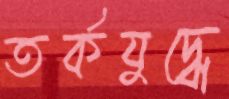
তর্কযুদ্ধে